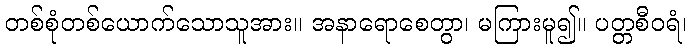
တစ်စုံတစ်ယောက်သောသူအား။ အနာရောစေတွာ၊ မကြားမူ၍။ ပတ္တစီဝရံ၊